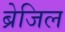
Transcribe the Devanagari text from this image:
ब्रेजिल